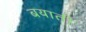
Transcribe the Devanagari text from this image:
बयाती